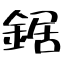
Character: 鋸